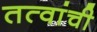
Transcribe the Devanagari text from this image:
तत्वांची